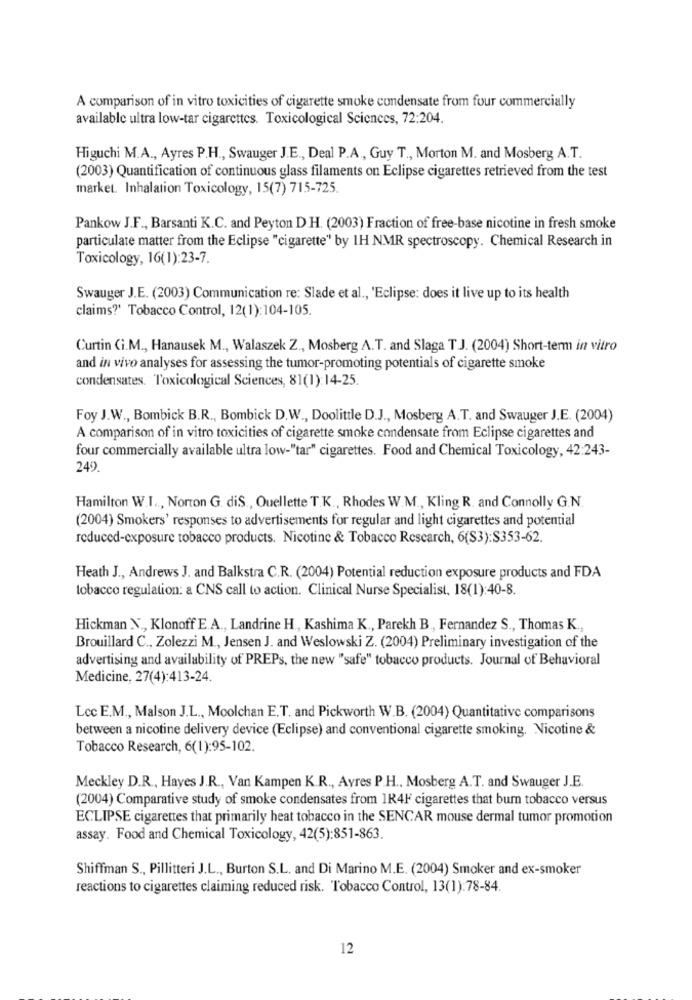
A comparison of in vitro toxicities of cigarette smoke condensate from four commercially
available ultra low-tar cigarettes. Toxicological Sciences, 72:204.
Higuchi M.A ., Ayres P.H ., Swauger J.E ., Deal P.A ., Guy T ., Morton M. and Mosberg A.T.
(2003) Quantification of continuous glass filaments on Eclipse cigarettes retrieved from the test
market. Inhalation Toxicology, 15(7) 715-725.
Pankow J.F ., Barsanti K.C. and Peyton D.H. (2003) Fraction of free-base nicotine in fresh smoke
particulate matter from the Eclipse "cigarette" by 1H NMR spectroscopy. Chemical Research in
Toxicology, 16(1):23-7.
Swauger J.E. (2003) Communication re: Slade et al ., 'Eclipse: does it live up to its health
claims?' Tobacco Control, 12(1):104-105.
Curtin G.M ., Hanausek M ., Walaszek Z ., Mosberg A.T. and Slaga T J. (2004) Short-term in vitro
and in vivo analyses for assessing the tumor-promoting potentials of cigarette smoke
condensates. Toxicological Sciences, 81(1):14-25.
Foy J.W ., Bombick B.R ., Bombick D.W ., Doolittle D.J ., Mosberg A.T. and Swauger J.E. (2004)
A comparison of in vitro toxicities of cigarette smoke condensate from Eclipse cigarettes and
four commercially available ultra low-"tar" cigarettes. Food and Chemical Toxicology, 42:243-
249.
Hamilton W.I ., Norton G. diS ., Ouellette T.K ., Rhodes W.M ., Kling R. and Connolly G.N.
(2004) Smokers' responses to advertisements for regular and light cigarettes and potential
reduced-exposure tobacco products. Nicotine & Tobacco Research, 6(S3):$353-62.
Heath J ., Andrews J. and Balkstra C.R. (2004) Potential reduction exposure products and FDA
tobacco regulation: a CNS call to action. Clinical Nurse Specialist, 18(1):40-8.
Hickman N ., Klonoff E.A ., Landrine H ., Kashima K ., Parekh B, Fernandez S ., Thomas K .,
Brouillard C ., Zolezzi M ., Jensen J. and Weslowski Z. (2004) Preliminary investigation of the
advertising and availability of PREPs, the new "safe" tobacco products. Journal of Behavioral
Medicine, 27(4):413-24.
Lec E.M ., Malson J.L ., Moolchan E.T. and Pickworth W.B. (2004) Quantitative comparisons
between a nicotine delivery device (Eclipse) and conventional cigarette smoking. Nicotine &
Tobacco Research, 6(1):95-102.
Meckley D.R ., Hayes J.R ., Van Kampen K.R ., Ayres P.H ., Mosberg A.T. and Swauger J.E.
(2004) Comparative study of smoke condensates from 1R4F cigarettes that bum tobacco versus
ECLIPSE cigarettes that primarily heat tobacco in the SENCAR mouse dermal tumor promotion
assay. Food and Chemical Toxicology, 42(5):851-863.
Shiffman S ., Pillitteri J.L ., Burton S.L. and Di Marino M.E. (2004) Smoker and ex-smoker
reactions to cigarettes claiming reduced risk. Tobacco Control, 13(1):78-84.
12